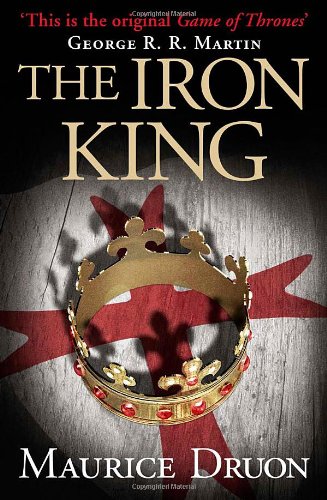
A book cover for The Iron King (The Accursed Kings, Book 1); Maurice Druon; Literature & Fiction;